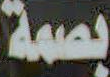
بصمة